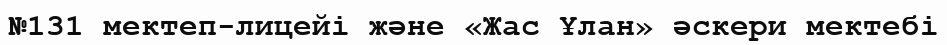
№131 мектеп-лицейі және «Жас Ұлан» әскери мектебі